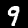
Label: 9